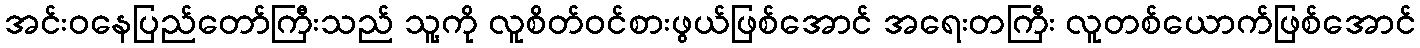
အင်းဝနေပြည်တော်ကြီးသည် သူ့ကို လူစိတ်ဝင်စားဖွယ်ဖြစ်အောင် အရေးတကြီး လူတစ်ယောက်ဖြစ်အောင်